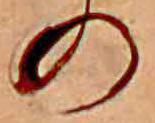
の